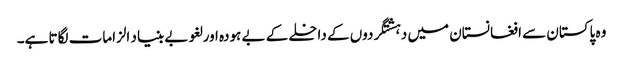
وہ پاکستان سے افغانستان میں دہشتگردوں کے داخلے کے بے ہودہ اور لغو بے بنیاد الزامات لگاتا ہے۔